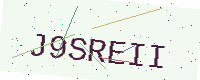
Text: J9SREII